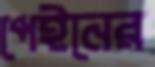
পেইনের